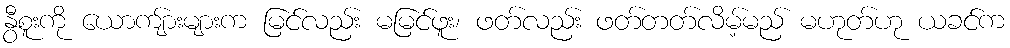
နွီစူးကို ယောကျ်ားများက မြင်လည်း မမြင်ဖူး၊ ဖတ်လည်း ဖတ်တတ်လိမ့်မည် မဟုတ်ဟု ယခင်က